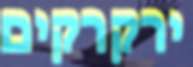
ירקרקים